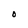
Character: O